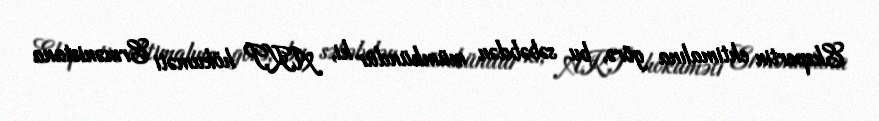
Ekspertin ehtimalına görə, bu səbəbdən mümkündür ki, AKP hökuməti Ermənistana